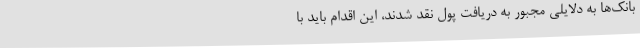
بانک‌ها به دلایلی مجبور به دریافت پول نقد شدند، این اقدام باید با